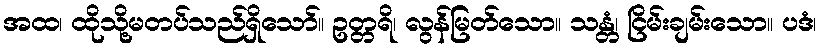
အထ၊ ထိုသို့မတပ်သည်ရှိသော်။ ဥတ္တရိ၊ လွန်မြတ်သော။ သန္တံ၊ ငြိမ်းချမ်းသော။ ပဒံ၊